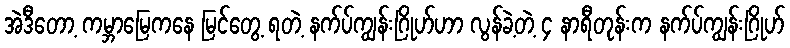
အဲဒီတော့ ကမ္ဘာမြေကနေ မြင်တွေ့ ရတဲ့ နက်ပ်ကျွန်းဂြိုဟ်ဟာ လွန်ခဲ့တဲ့ ၄ နာရီတုန်းက နက်ပ်ကျွန်းဂြိုဟ်